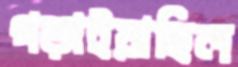
গড়াইয়াছিল